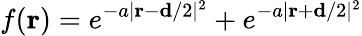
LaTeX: f(\mathbf{r})=e^{-a|\mathbf{r}-\mathbf{d}/2|^{2}}+e^{-a|\mathbf{r}+\mathbf{d}/2|^{2}}